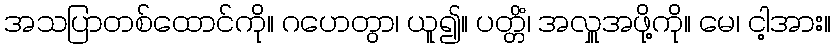
အသပြာတစ်ထောင်ကို။ ဂဟေတွာ၊ ယူ၍။ ပတ္တိံ၊ အလှူအဖို့ကို။ မေ၊ ငါ့အား။